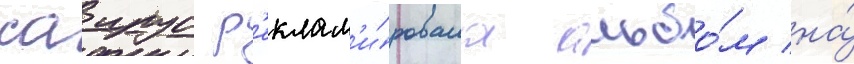
саирус р'еклам'и́ровала альбо́м на́